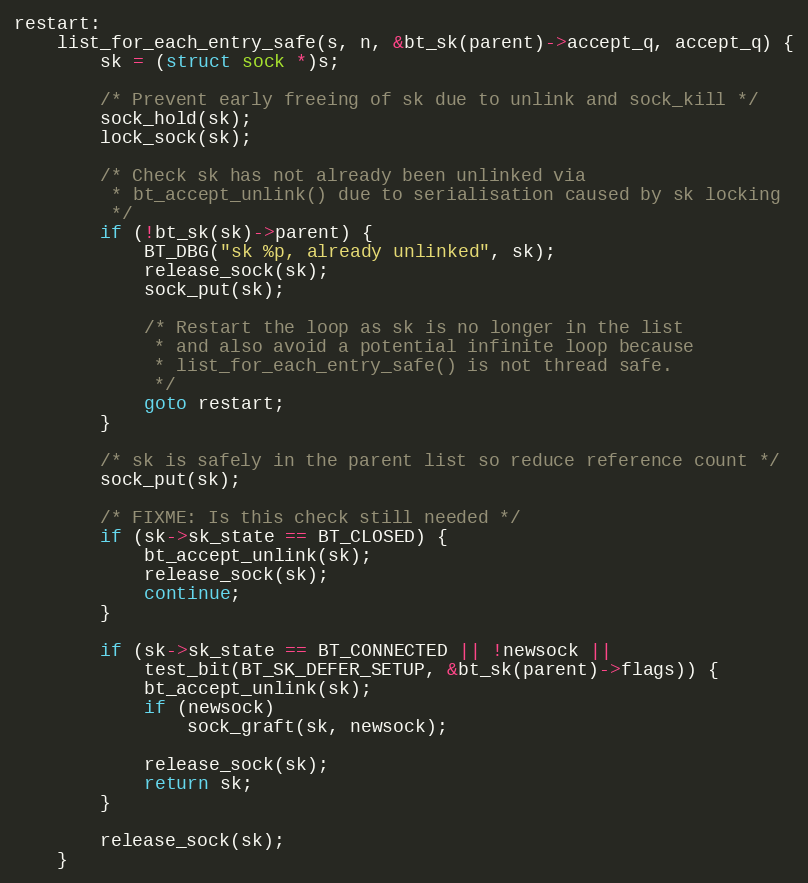
Language: C
restart:
	list_for_each_entry_safe(s, n, &bt_sk(parent)->accept_q, accept_q) {
		sk = (struct sock *)s;

		/* Prevent early freeing of sk due to unlink and sock_kill */
		sock_hold(sk);
		lock_sock(sk);

		/* Check sk has not already been unlinked via
		 * bt_accept_unlink() due to serialisation caused by sk locking
		 */
		if (!bt_sk(sk)->parent) {
			BT_DBG("sk %p, already unlinked", sk);
			release_sock(sk);
			sock_put(sk);

			/* Restart the loop as sk is no longer in the list
			 * and also avoid a potential infinite loop because
			 * list_for_each_entry_safe() is not thread safe.
			 */
			goto restart;
		}

		/* sk is safely in the parent list so reduce reference count */
		sock_put(sk);

		/* FIXME: Is this check still needed */
		if (sk->sk_state == BT_CLOSED) {
			bt_accept_unlink(sk);
			release_sock(sk);
			continue;
		}

		if (sk->sk_state == BT_CONNECTED || !newsock ||
		    test_bit(BT_SK_DEFER_SETUP, &bt_sk(parent)->flags)) {
			bt_accept_unlink(sk);
			if (newsock)
				sock_graft(sk, newsock);

			release_sock(sk);
			return sk;
		}

		release_sock(sk);
	}